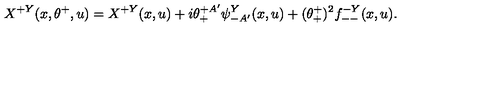
X ^ { + Y } ( x , \theta ^ { + } , u ) = X ^ { + Y } ( x , u ) + i \theta _ { + } ^ { + A ^ { \prime } } \psi _ { - A ^ { \prime } } ^ { Y } ( x , u ) + ( \theta _ { + } ^ { + } ) ^ { 2 } f _ { -- } ^ { - Y } ( x , u ) .